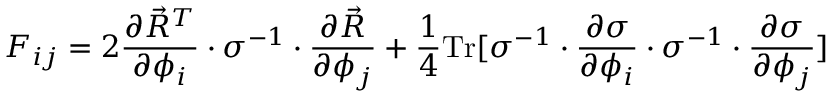
\boldsymbol { F } _ { i j } = 2 \frac { \partial \vec { R } ^ { T } } { \partial \phi _ { i } } \cdot \boldsymbol { \sigma } ^ { - 1 } \cdot \frac { \partial \vec { R } } { \partial \phi _ { j } } + \frac { 1 } { 4 } \mathrm { T r } [ \boldsymbol { \sigma } ^ { - 1 } \cdot \frac { \partial \boldsymbol { \sigma } } { \partial \phi _ { i } } \cdot \boldsymbol { \sigma } ^ { - 1 } \cdot \frac { \partial \boldsymbol { \sigma } } { \partial \phi _ { j } } ]